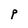
Character: P